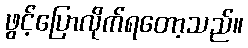
ဖွင့်ပြောလိုက်ရတော့သည်။